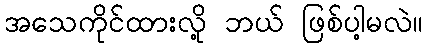
အသေကိုင်ထားလို့ ဘယ် ဖြစ်ပါ့မလဲ။